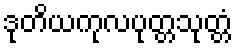
ဒုတိယကုလပုတ္တသုတ္တံ